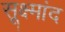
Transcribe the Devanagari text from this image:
सूक्ष्मांद